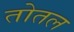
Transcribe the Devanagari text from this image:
तोतल